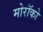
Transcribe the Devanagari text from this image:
मोरॉको